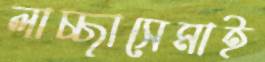
লাচ্ছাসেমাই